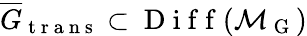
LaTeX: \overline{{G}}_{\mathrm{~t~r~a~n~s~}}\subset\mathrm{~D~i~f~f~}(\mathcal{M}_{\mathrm{~G~}})